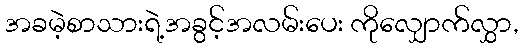
အခမဲ့စာသားရဲ့အခွင့်အလမ်းပေး ကိုလျှောက်လွှာ,